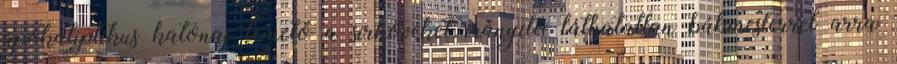
apokaliptikus katonai temető a sírköveket irányító láthatatlan bábmesterrel arra